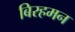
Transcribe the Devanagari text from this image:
बिरहमन